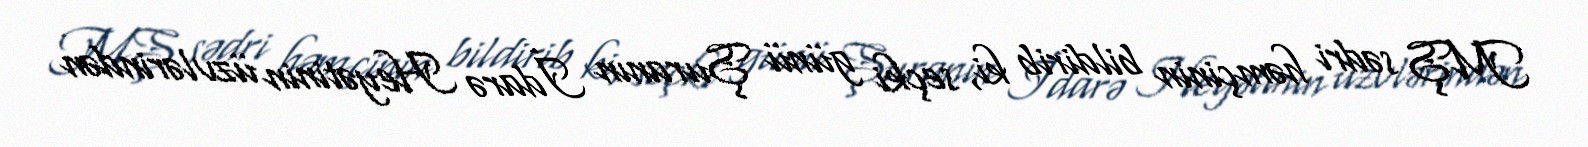
MŞ sədri həmçinin bildirib ki, seçki günü Şuranın İdarə Heyətinin üzvlərindən